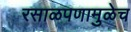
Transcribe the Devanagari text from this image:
रसाळपणामुळेच